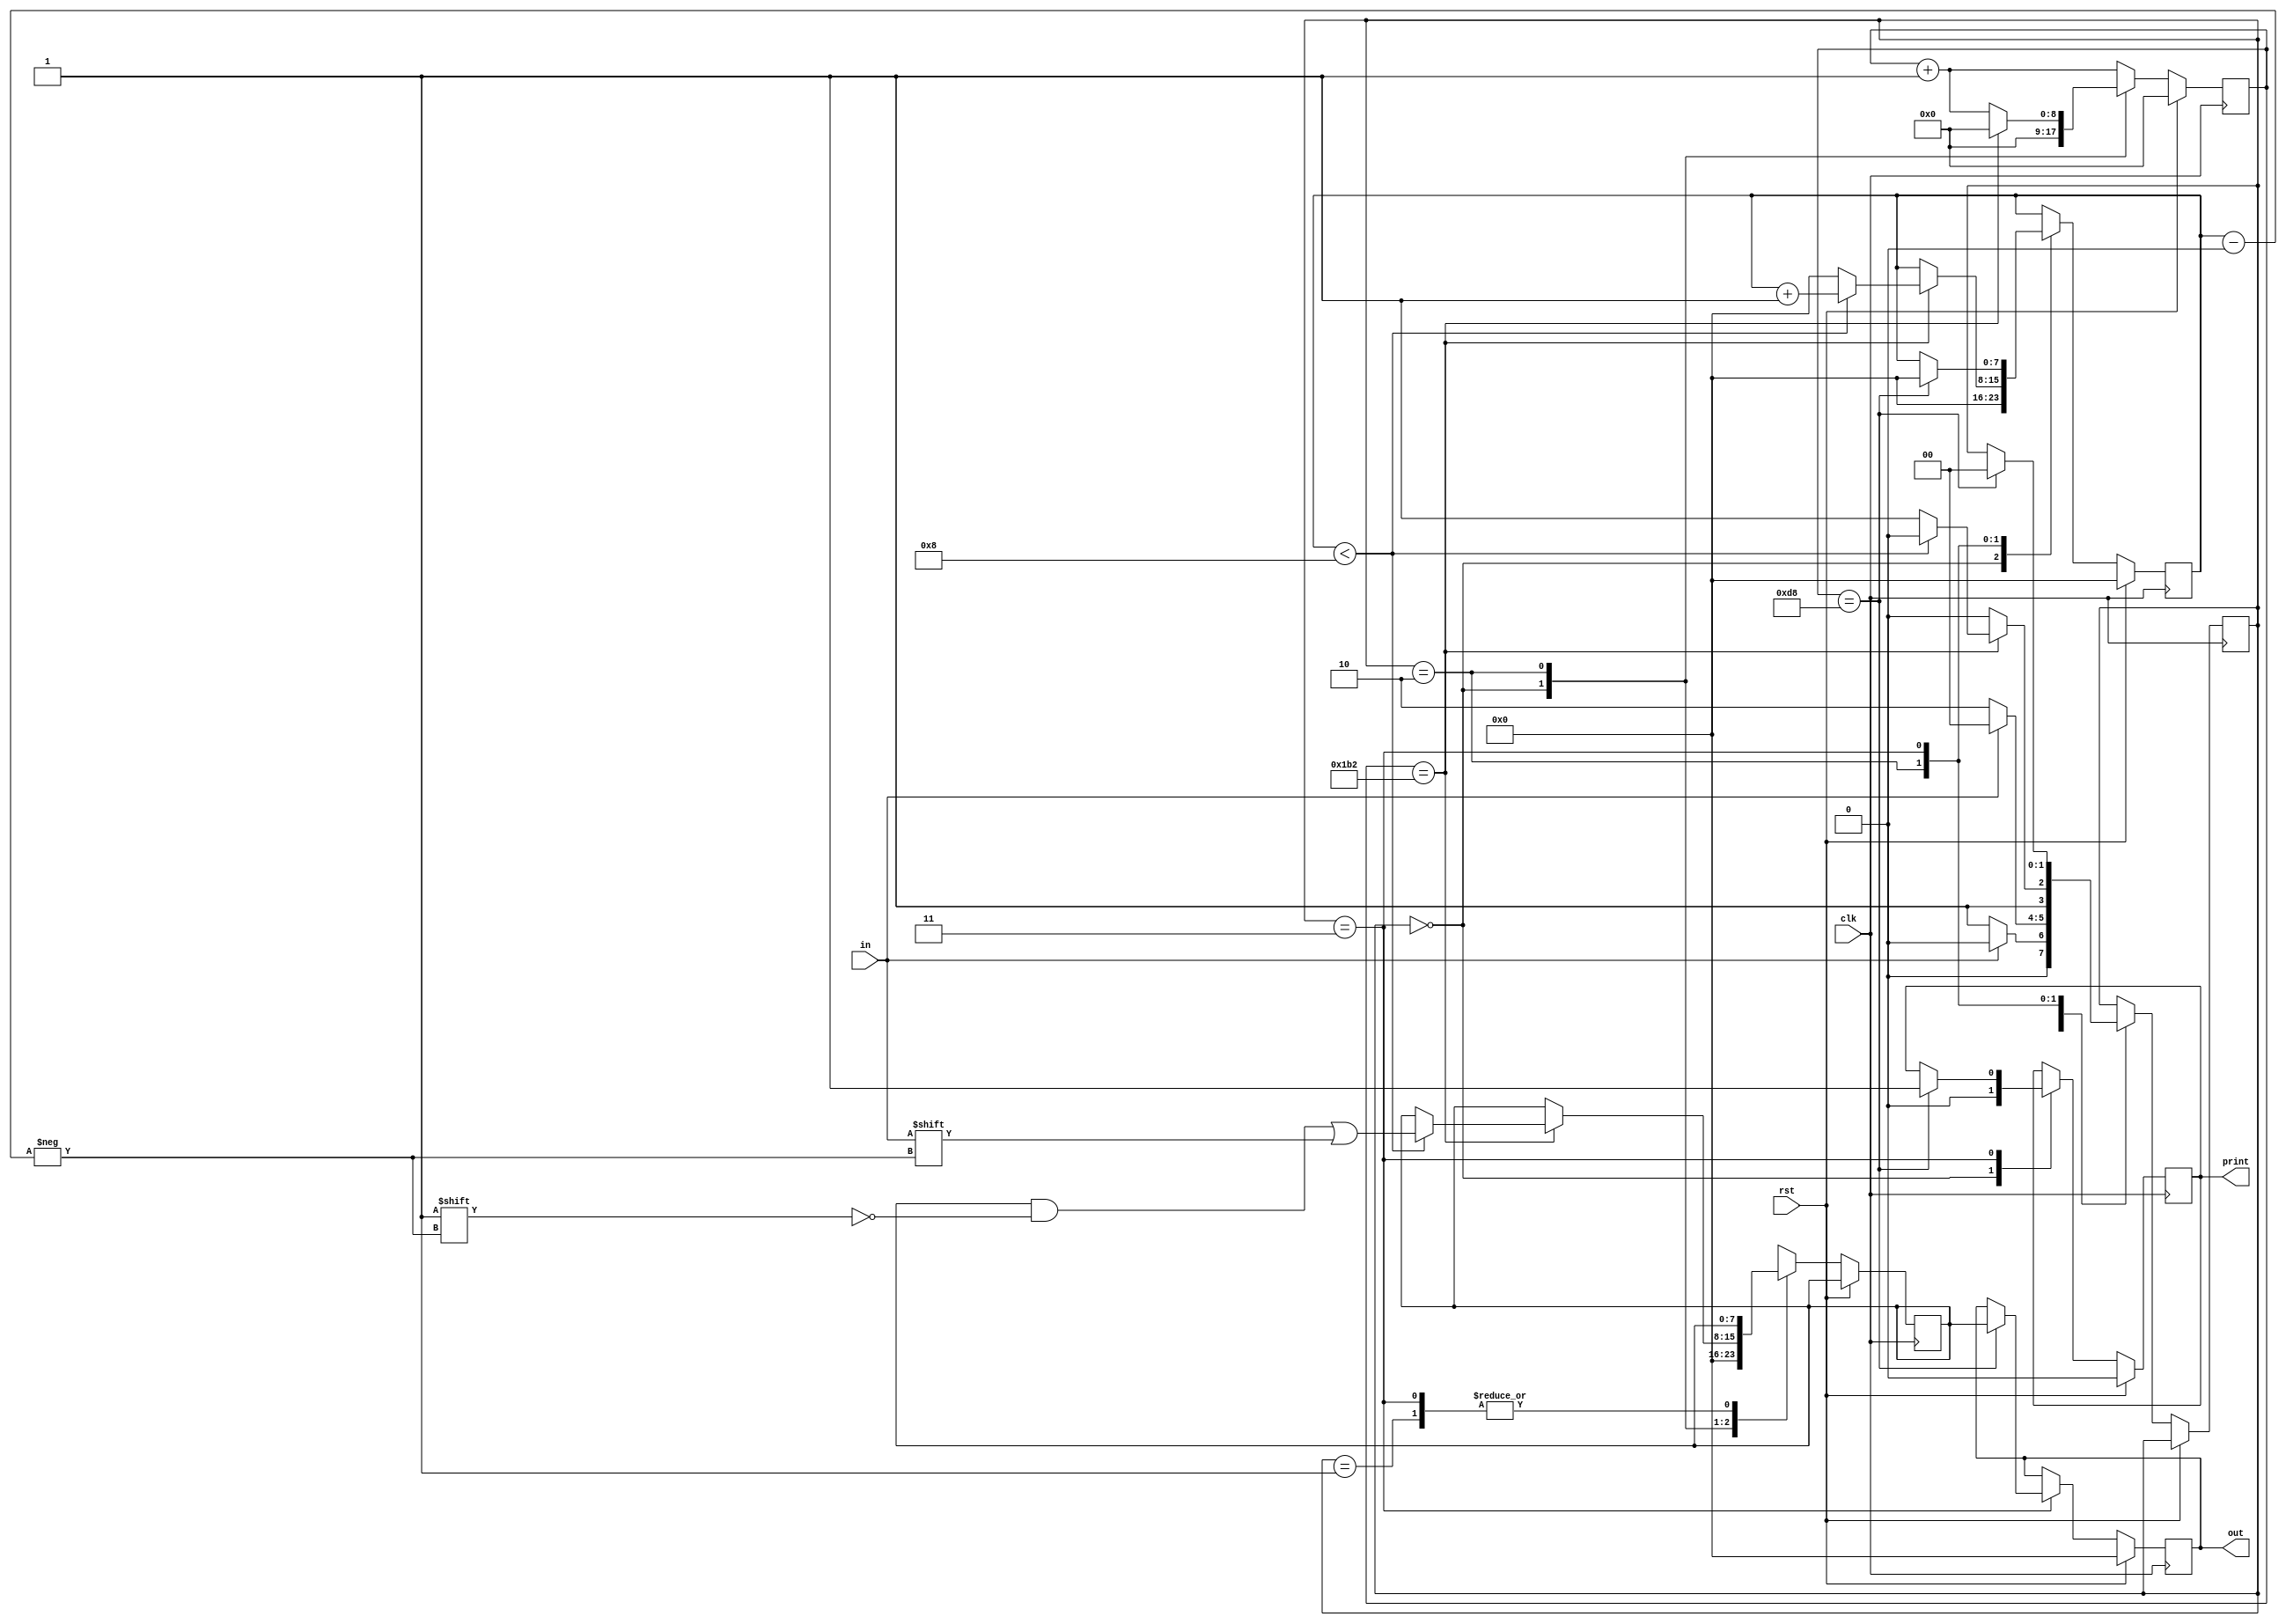
module rx#(parameter BAUDRATE = 434)(


input  clk,
input  in,
input rst,
output reg print,

output reg [7:0]out

);


localparam [1:0] 
idle = 2'b000,
start = 2'b001,
write = 2'b010,
stop = 2'b011;

reg [7:0]index=0;
reg [1:0]state = idle;
reg [7:0]data;

//reg a;
reg [8:0]counter;



//   always @(posedge clk)begin
//        y<=y+1;
       
          
//            if (y < 217) begin
//                a=1;
                
//                end
//                else if (y <= 434) begin
                   
//                   a=0;
//                end
//                else if (y >= 434) begin
//                    y<=0;
//                end
//            end   
    
    always @(posedge clk) begin
    if (rst) begin
      print<=0;
      counter<=0; 
      index<=0;
      out<=0;
   end 
   
   else begin
    counter<=counter+1;
            case(state)    
               idle: begin
              
                print<=0;
                index<=0;
                data<=0;
                state<=idle;
                counter<=0;    
                 
                if(in == 1'b0)begin
                 state<=start;
                end 
              end
                start : begin                 
//                 if (counter == ((BAUDRATE/2)-1))  begin
//                 counter <=0 ;
                     if(in == 1'b0)begin
                        state <= write;
                       end
                       else begin
                            state<= idle;                      
                       end
//                       end
//                 else begin
//                   counter<=counter+1;
//                   state <= start;
//                 end
                   end
                     
                  
                write: begin    
                   if (counter == BAUDRATE)  begin
                      counter <=0 ;
                        if (index < 8'h08 ) begin
                            data[index] <= in;
                            index <= index + 1;
                            state <= write;                            
                        end
                        else begin
                         state <= stop;
                         index <= 0;
                        end
                    end
                    else begin
                      counter <= counter +1 ;          
                        state <= write;
                        
                        end 
                end
                
                stop : begin
                if (counter == ((BAUDRATE/2)-1))  begin
                    out <= data;                   
                    index <= 0;                   
                    print <= 1;
                    state <= idle;
                end
                else begin
                      counter <= counter +1 ;
                end 
                end 
                
               default : begin
                state <= idle;
                end
            endcase
        end
    end
endmodule